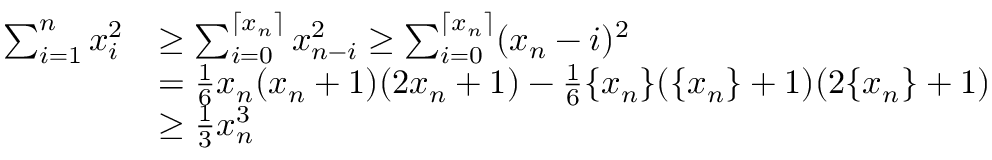
\begin{array} { r l } { \sum _ { i = 1 } ^ { n } x _ { i } ^ { 2 } } & { \ge \sum _ { i = 0 } ^ { \lceil x _ { n } \rceil } x _ { n - i } ^ { 2 } \ge \sum _ { i = 0 } ^ { \lceil x _ { n } \rceil } ( x _ { n } - i ) ^ { 2 } } \\ & { = \frac 1 6 x _ { n } ( x _ { n } + 1 ) ( 2 x _ { n } + 1 ) - \frac 1 6 \{ x _ { n } \} ( \{ x _ { n } \} + 1 ) ( 2 \{ x _ { n } \} + 1 ) } \\ & { \ge \frac 1 3 x _ { n } ^ { 3 } } \end{array}